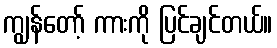
ကျွန်တော့် ကားကို ပြင်ချင်တယ်။